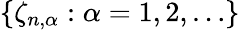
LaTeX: \{ \zeta_{n,\alpha}:\alpha=1,2,\ldots\}